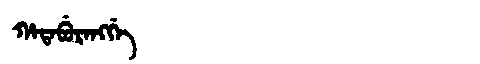
Manchu: ᡥᠠᡨᠠᠪᡠᡵᠠᠩᡤᡝ
Romanization: HATABURANGGE